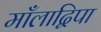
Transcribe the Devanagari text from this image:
माँलाद्विपा